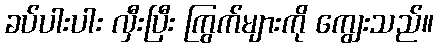
ခပ်ပါးပါး လှီးပြီး ကြွက်များကို ကျွေးသည်။